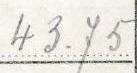
43.75